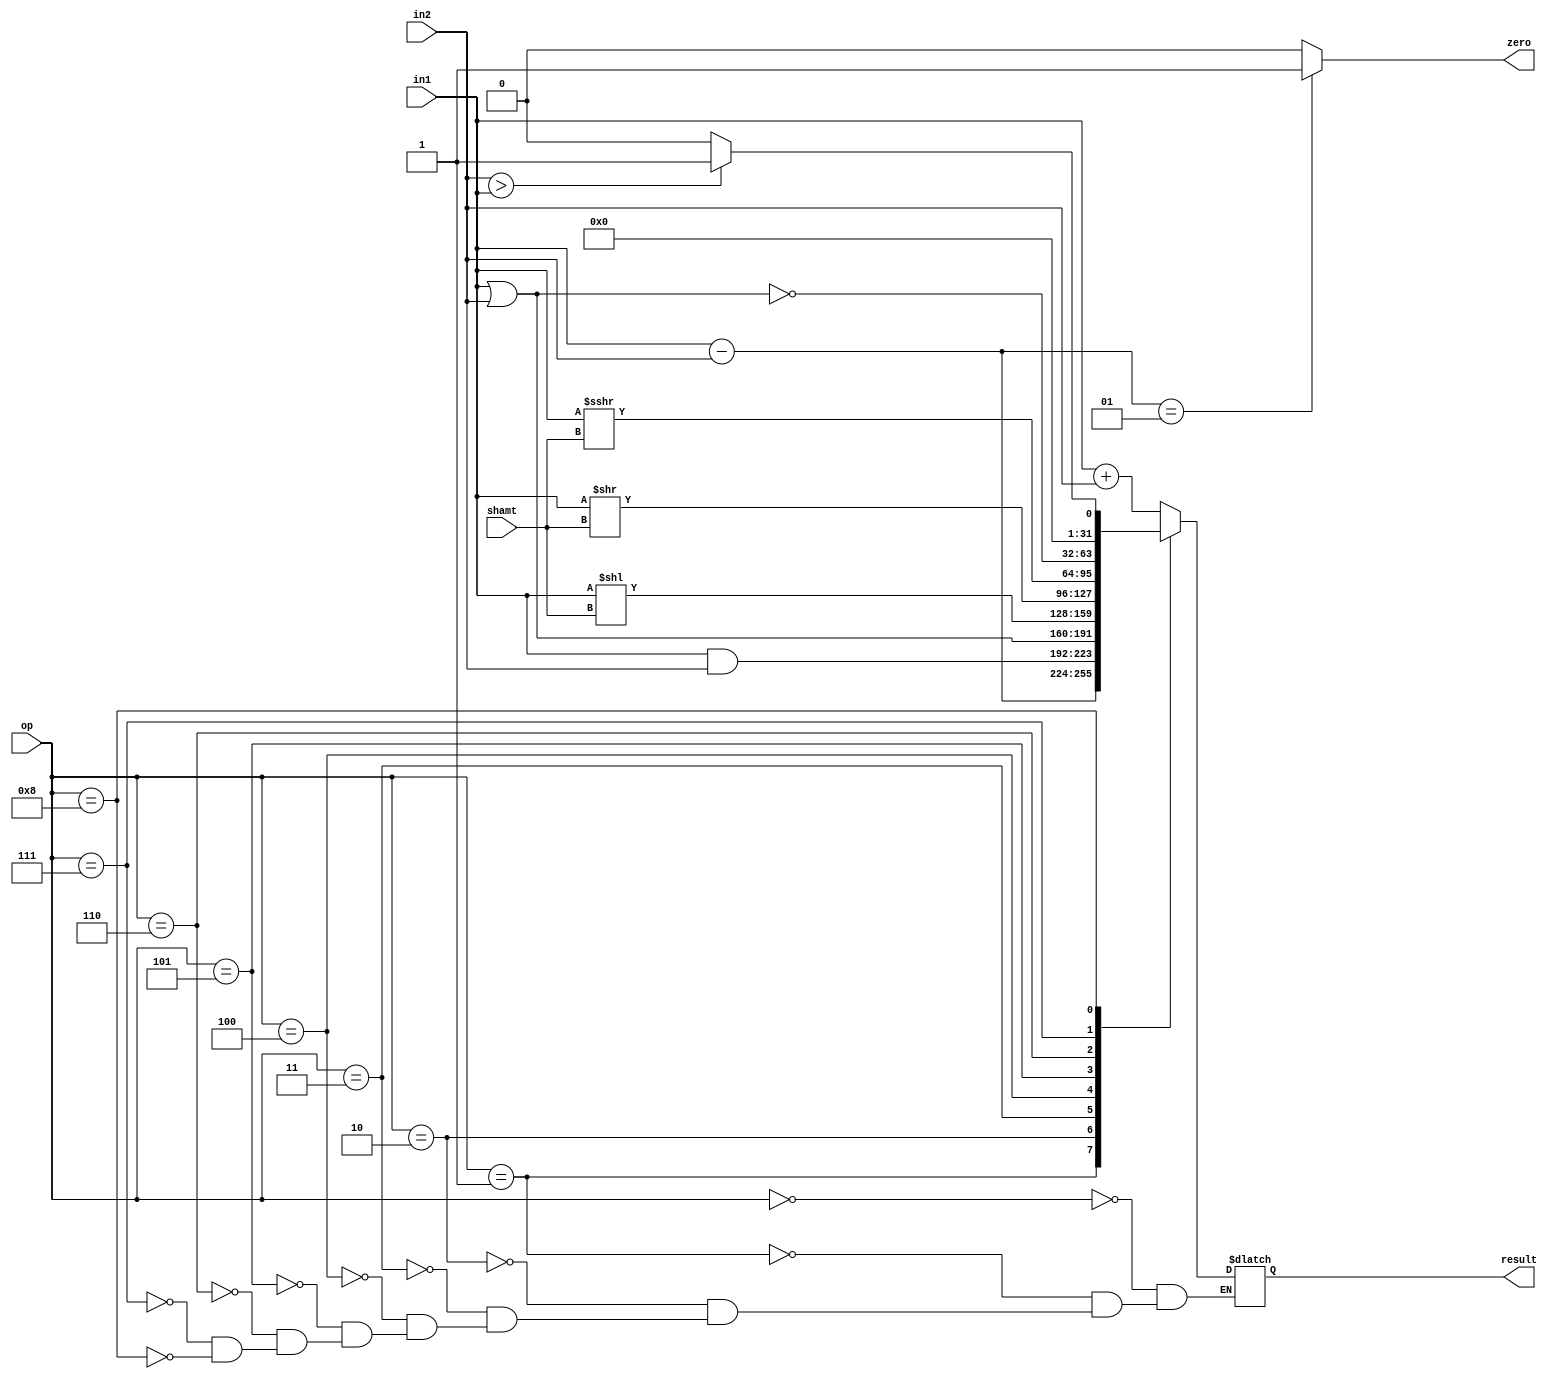
`timescale 1ns / 1ps
//////////////////////////////////////////////////////////////////////////////////
// Company: 
// Engineer: 
// 
// Design Name: 
// Module Name:    ALU 
// Project Name: 
// Target Devices: 
// Tool versions: 
// Description: 
//
// Dependencies: 
//
// Revision: 
// Revision 0.01 - File Created
// Additional Comments: 
//
//////////////////////////////////////////////////////////////////////////////////
module ALU(
		input signed [31:0] in1,
		input signed [31:0] in2, 
		input [3:0] op, 
		input [4:0] shamt,
		output zero,
		output reg signed [31:0] result);
assign zero =((in1-in2)==1)?1:0;
	always @ (in1 or in2 or op)
		case(op)
		4'b0000: result = in1+in2;
		4'b0001: result = in1-in2;
		4'b0010: result = in1&in2;
		4'b0011: result = in1|in2;
		4'b0100: result = in1<<shamt;
		4'b0101: result = in1>>shamt;
		4'b0110: result = in1>>>shamt;
		4'b0111: result = ~(in1|in2);
		4'b1000: result = (in2>in1)?1:0;
		endcase
endmodule